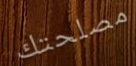
مصلحتك